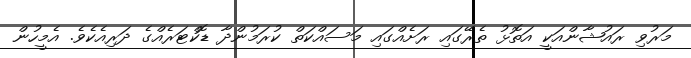
މަރުވި ރައުޝާންއަކީ އަތޮޅު ތެރޭގައި ރަށެއްގައި މަސައްކަތް ކުރަމުންދާ ޑޮކްޓަރެއްގެ ދަރިއެކެވެ. އެމީހުން